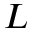
L